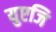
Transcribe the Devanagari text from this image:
युएजि